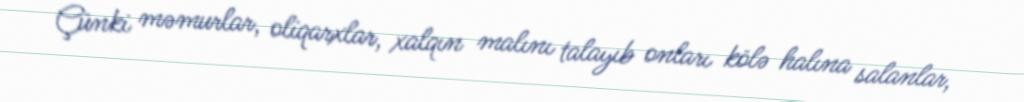
Çünki məmurlar, oliqarxlar, xalqın malını talayıb onları kölə halına salanlar,